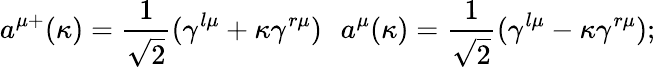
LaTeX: a^{\mu+}(\kappa)=\frac 1{\sqrt{2}}(\gamma^{l\mu}+\kappa\gamma^{r\mu})\, \, \, \, a^{\mu}(\kappa)=\frac 1{\sqrt{2}}(\gamma^{l\mu}-\kappa\gamma^{r\mu});